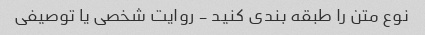
نوع متن را طبقه بندی کنید - روایت شخصی یا توصیفی